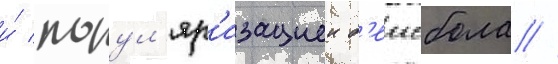
и́ попул'яр'изациеи б'еисбола //